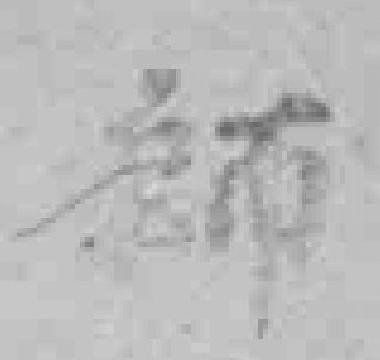
*